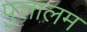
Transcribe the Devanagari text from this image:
पुत्तालम